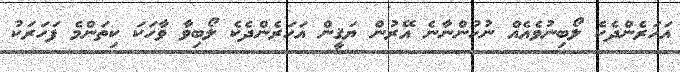
އަހަރެންދެކެ ލޯބިނުވެއެއް ނުހުންނާނެ އޭރުން ޔަޤީން އަހަރެންދެކެ ލޯބިވާ ވާހަކަ ކިތަންމެ ފަހަރަކު